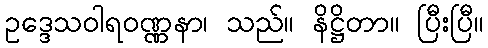
ဥဒ္ဒေသဝါရဝဏ္ဏနာ၊ သည်။ နိဋ္ဌိတာ။ ပြီးပြီ။